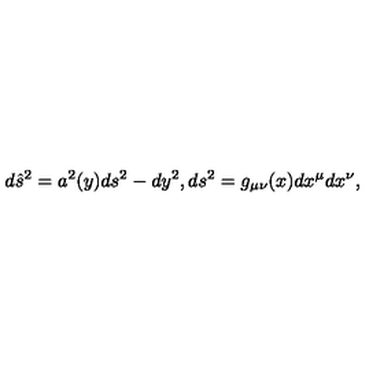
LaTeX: d \hat { s } ^ { 2 } = a ^ { 2 } ( y ) d s ^ { 2 } - d y ^ { 2 } , d s ^ { 2 } = g _ { \mu \nu } ( x ) d x ^ { \mu } d x ^ { \nu } ,